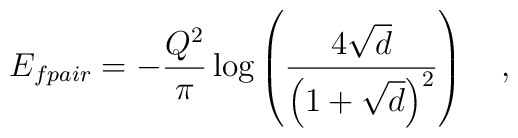
E_{fpair} = - \frac{Q^2}{\pi} \log\left(\frac{4\sqrt{d}}{\left(1+\sqrt{d}\right)^2}\right)\quad,